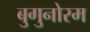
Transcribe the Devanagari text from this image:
बुगुनोरम